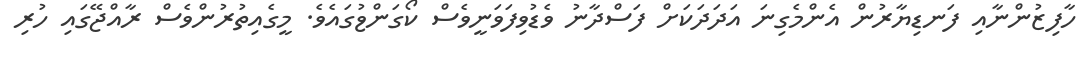
ހާފިޒުންނާއި ފަނޑިޔާރުން އެންމެގިނަ އަދަދަކަށް ފަސްދާނު ވެޑުވިފަވަނީވެސް ކޯގަންޱުގައެވެ. މީގެއިތުރުންވެސް ރާއްޖޭގައި ހުރި